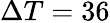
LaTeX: \Delta T=36